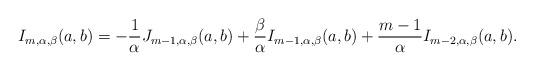
LaTeX: \begin{align*} I_{m, \alpha, \beta}(a, b) = - \frac{1}{\alpha} J_{m - 1, \alpha, \beta}(a, b) + \frac{\beta}{\alpha}I_{m - 1, \alpha, \beta}(a, b) + \frac{m - 1}{\alpha}I_{m - 2, \alpha, \beta}(a, b).\end{align*}